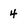
Character: 4